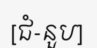
[ជំ-នួប]